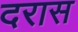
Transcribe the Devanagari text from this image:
दरास